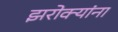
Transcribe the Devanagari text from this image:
झरोक्यांना